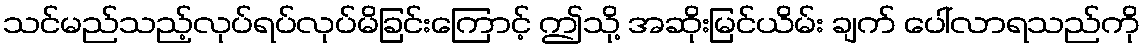
သင်မည်သည့်လုပ်ရပ်လုပ်မိခြင်းကြောင့် ဤသို့ အဆိုးမြင်ယိမ်း ချက် ပေါ်လာရသည်ကို